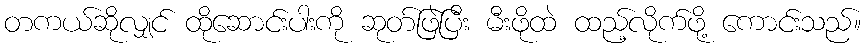
တကယ်ဆိုလျှင် ထိုဆောင်းပါးကို ဆုတ်ဖြဲပြီး မီးဖိုထဲ ထည့်လိုက်ဖို့ ကောင်းသည်။